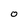
Character: O